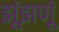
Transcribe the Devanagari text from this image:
झूंझणूं